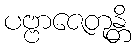
ပဗ္ဗာဇေတုန္တိ